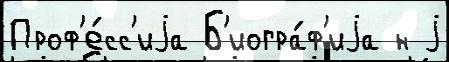
Проф'е́сс'иjа Б'иогра́ф'иjа н j